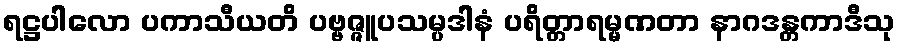
ရဋ္ဌပါလော ပကာသီယတိ ပဗ္ဗဇ္ဇူပသမ္ပဒါနံ ပရိတ္တာရမ္မဏတာ နာဂဒန္တကာဒီသု